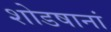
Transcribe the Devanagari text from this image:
शोडषानां